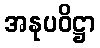
အနုပဝိဋ္ဌာ